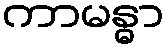
ကာမန္ဓာ